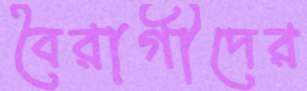
বৈরাগীদের